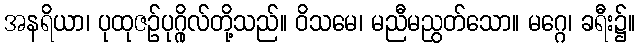
အနရိယာ၊ ပုထုဇဉ်ပုဂ္ဂိုလ်တို့သည်။ ဝိသမေ၊ မညီမညွတ်သော။ မဂ္ဂေ၊ ခရီး၌။